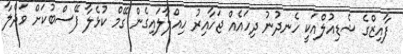
ފާއިޒްގެ ޝެޑިއުލްއަކީ ހެނދުނު ދިހައެއް ޖަހާއިރު ހިއްލާލައިގެން ގޭމް ކުޅެލާ ފޭސްބުކަށް ވަދެލާ